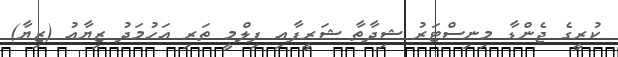
ކުރީގެ ޖެންޑާ މިނިސްޓަރު ޝިދާތާ ޝަރީފާއި ފިލްމީ ތަރި އަހުމަދު ޒިޔާއު (ޒިޔާ)